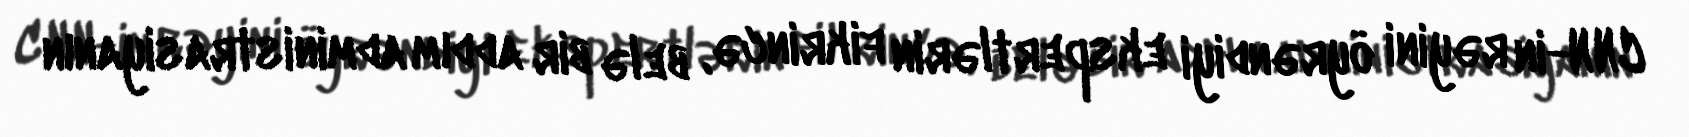
CNN-in rəyini öyrəndiyi ekspertlərin fikrincə, belə bir addım administrasiyanın